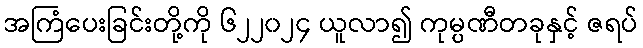
အကြံပေးခြင်းတို့ကို ၆၂၂၀၂၄ ယူလာ၍ ကုမ္ပဏီတခုနှင့် ဇရပ်